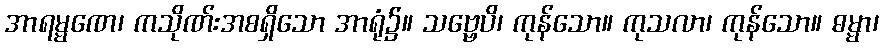
အာရမ္မဏေ၊ ကသိုဏ်းအစရှိသော အာရုံ၌။ သဗ္ဗေပိ၊ ကုန်သော။ ကုသလာ၊ ကုန်သော။ ဓမ္မာ၊